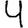
Digit: 4